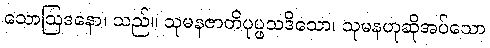
သောဩဒနော၊ သည်။ သုမနဇာတိပုပ္ဖသဒိသော၊ သုမနဟုဆိုအပ်သော